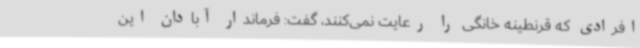
افرادی که قرنطینه خانگی را رعایت نمی‌کنند، گفت: فرماندار آبادان این